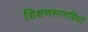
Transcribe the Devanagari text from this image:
शिक्षणसामग्रियों